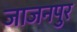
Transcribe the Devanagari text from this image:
जाजनपुर